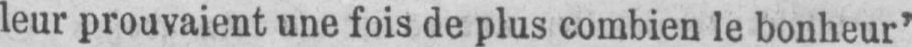
leur prouvaient une fois de plus combien le bonheur’